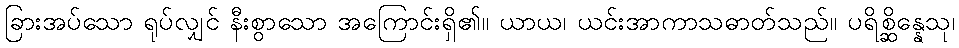
ခြားအပ်သော ရုပ်လျှင် နီးစွာသော အကြောင်းရှိ၏။ ယာယ၊ ယင်းအာကာသဓာတ်သည်။ ပရိစ္ဆိန္နေသု၊